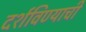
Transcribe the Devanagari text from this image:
दर्शविण्याची